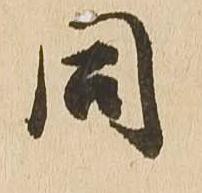
同